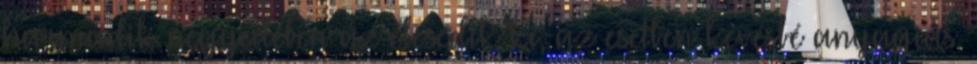
harmadik negyedében az élesedik ki, az esetben kevésbé anyagias.